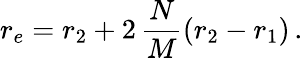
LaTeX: r_{e}=r_{2}+2\, \frac{N}{M}\left(r_{2}-r_{1}\right)\, .